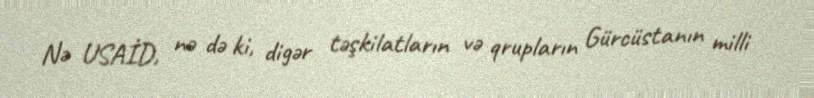
Nə USAİD, nə də ki, digər təşkilatların və qrupların Gürcüstanın milli